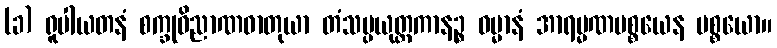
(ခ) ရူပါယတနံ စက္ခုဝိညာဏဓာတုယာ တံသမ္ပယုတ္တကာနဉ္စ ဓမ္မာနံ အာရမ္မဏပစ္စယေန ပစ္စယော။